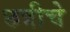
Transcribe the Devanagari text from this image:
छत्रीचे